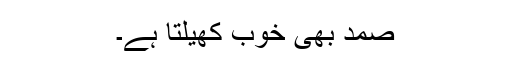
صمد بھی خوب کھیلتا ہے۔